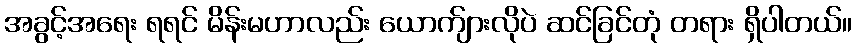
အခွင့်အရေး ရရင် မိန်းမဟာလည်း ယောက်ျားလိုပဲ ဆင်ခြင်တုံ တရား ရှိပါတယ်။